画像に写った文字を読んでください
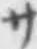
「サ」と書いてあります